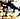
جدا